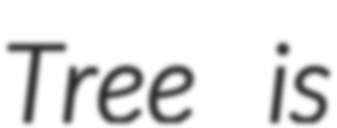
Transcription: Tree is